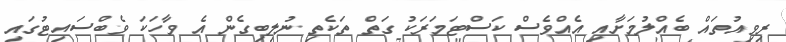
ރިވިއުތައް ބެއްލުމަށާއި އެއްވެސް ކަސްޓަމަރަކު ގަތް ތަކެތި ނުލިބިގެން އެ ވާހަކަ ވެބްސައިޓުގައި